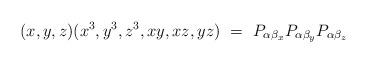
LaTeX: \begin{align*} (x,y,z)(x^3, y^3, z^3, xy, xz, yz) ~= ~ P_{\alpha \beta_x} P_{\alpha \beta_y} P_{\alpha \beta_z}\end{align*}